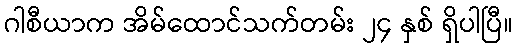
ဂါစီယာက အိမ်ထောင်သက်တမ်း ၂၄ နှစ် ရှိပါပြီ။